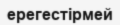
ерегестірмей